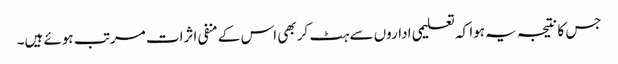
جس کا نتیجہ یہ ہوا کہ تعلیمی اداروں سے ہٹ کر بھی اس کے منفی اثرات مرتب ہوئے ہیں۔